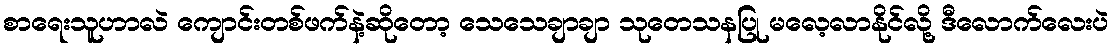
စာရေးသူဟာလဲ ကျောင်းတစ်ဖက်နဲ့ဆိုတော့ သေသေချာချာ သုတေသနပြု မလေ့လာနိုင်လို့ ဒီလောက်လေးပဲ